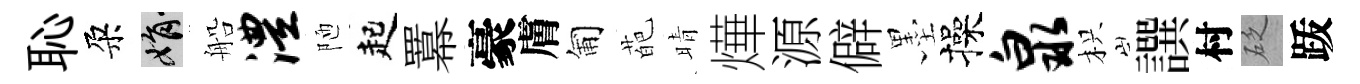
恥朶娟船澧陋起羃豪膚匍葩晴燁源僻墨操泉枳譔村砭䟦